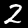
Label: 2